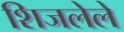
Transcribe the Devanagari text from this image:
शिजलेले